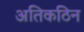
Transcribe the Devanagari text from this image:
अतिकठिन